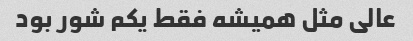
عالی مثل همیشه فقط یکم شور بود